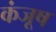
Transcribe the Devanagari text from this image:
कंजूष